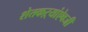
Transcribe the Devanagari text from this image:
शेतकऱ्यांऐवजी